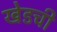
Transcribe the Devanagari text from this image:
खेडची